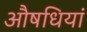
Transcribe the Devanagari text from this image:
औषधियां